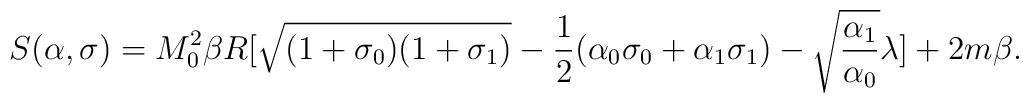
S(\alpha,\sigma) = M_0^2\beta R[\sqrt{(1+\sigma_0)(1+\sigma_1)} - \frac{1}{2}(\alpha_0\sigma_0+\alpha_1\sigma_1)-\sqrt{\frac{\alpha_1}{\alpha_0}}\lambda]+2m\beta.